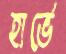
হার্ভে